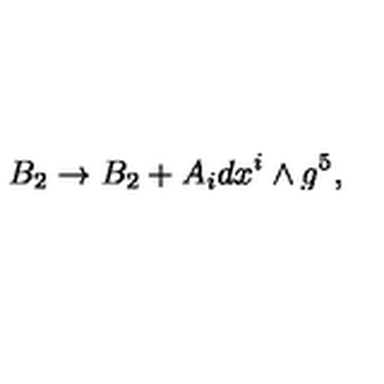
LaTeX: B _ { 2 } \rightarrow B _ { 2 } + A _ { i } d x ^ { i } \wedge g ^ { 5 } ,